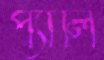
প্যালি